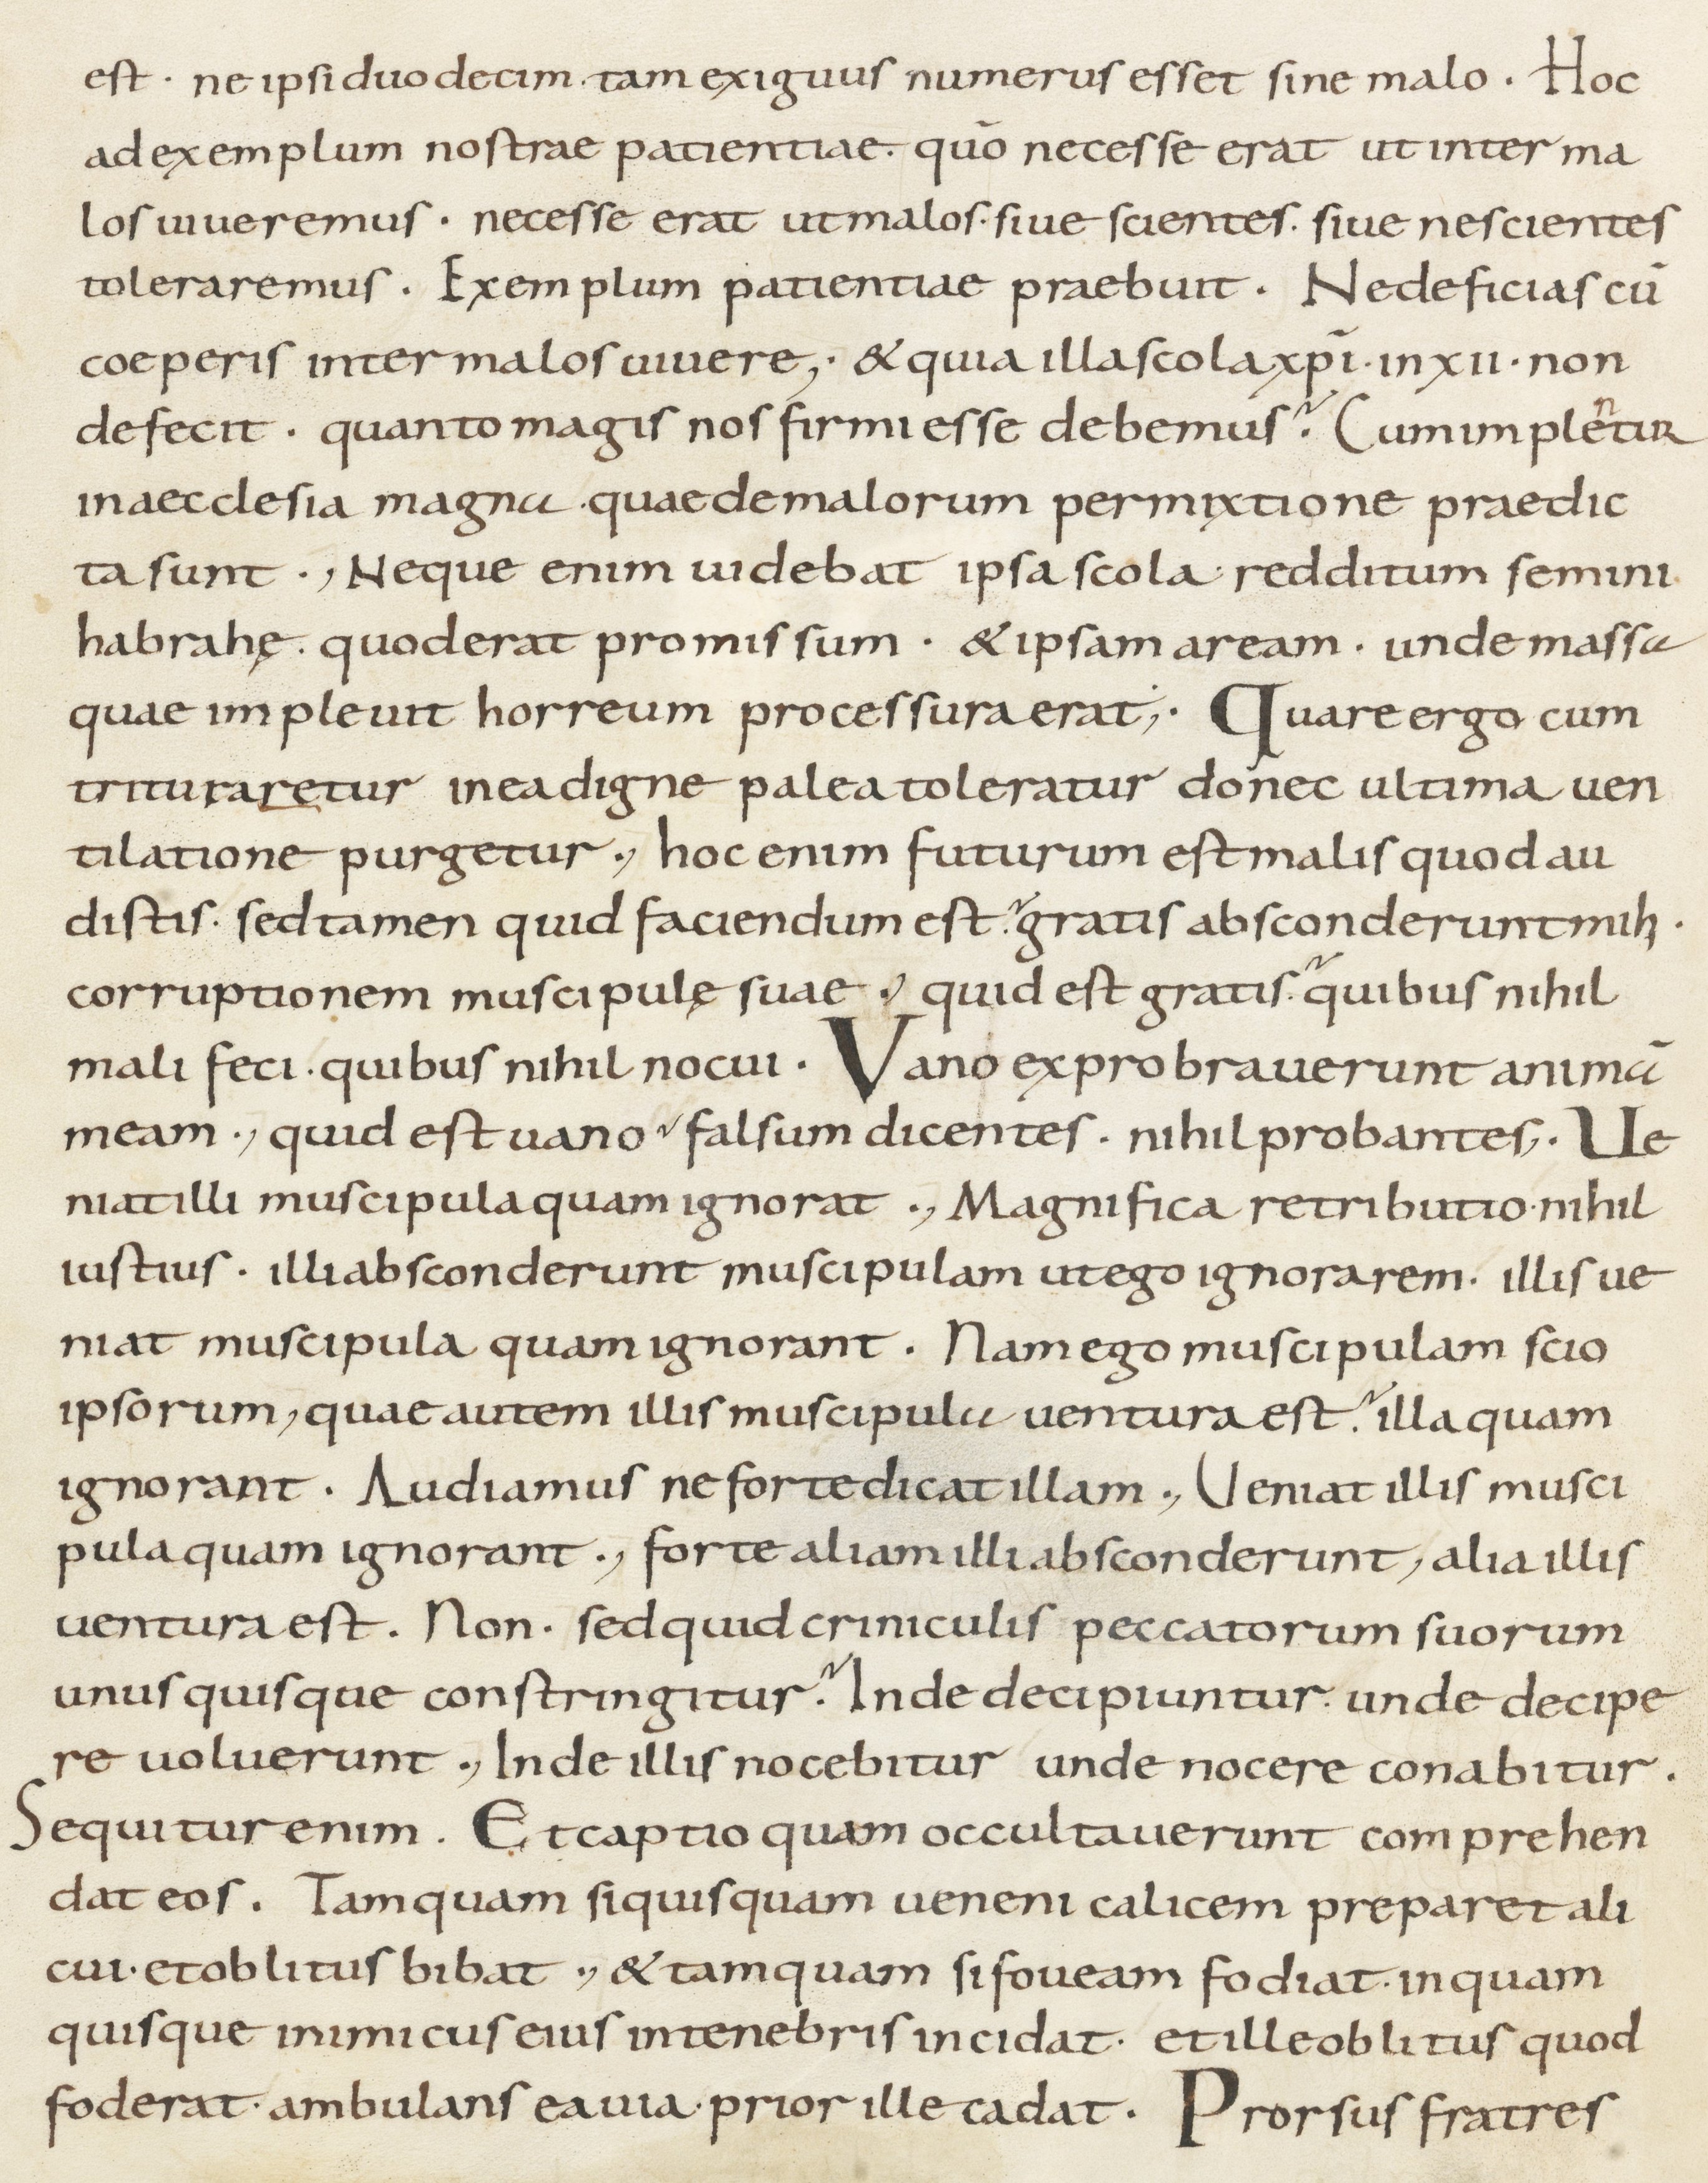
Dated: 800–899